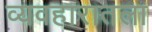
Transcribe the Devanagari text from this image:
व्यवहारातला